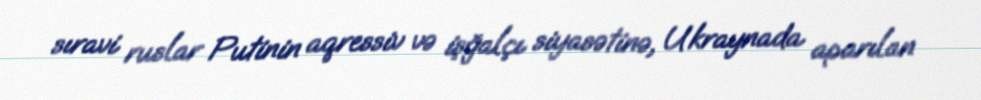
sıravi ruslar Putinin aqressiv və işğalçı siyasətinə, Ukraynada aparılan